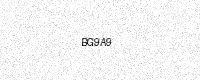
Text: BG9A9